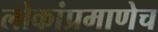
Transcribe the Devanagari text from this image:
लोकांप्रमाणेच